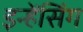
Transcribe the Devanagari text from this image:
इन्हेंसिंग